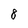
Character: 8